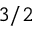
3 / 2